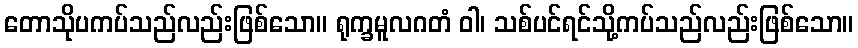
တောသိုပကပ်သည်လည်းဖြစ်သော။ ရုက္ခမူလဂတံ ဝါ၊ သစ်ပင်ရင်သို့ကပ်သည်လည်းဖြစ်သော။